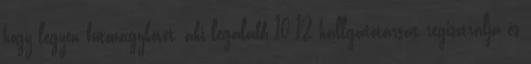
hogy legyen futónagykövet, aki legalább 10-12 hallgatótársát regisztrálja és